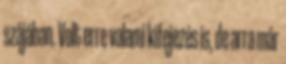
szájában. Volt erre valami kifejezés is, de arra már